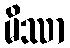
မိဿာ